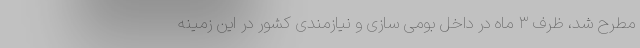
مطرح شد، ظرف ۳ ماه در داخل بومی سازی و نیازمندی کشور در این زمینه